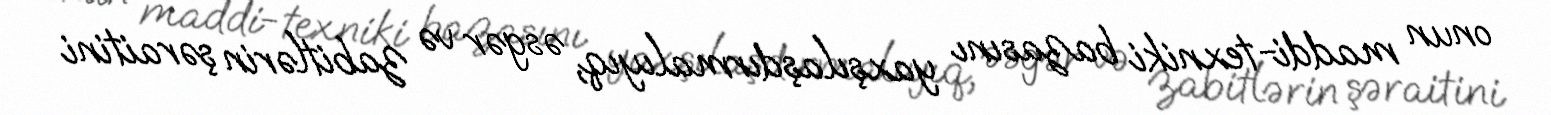
onun maddi-texniki bazasını yaxşılaşdırmalıyıq, əsgər və zabitlərin şəraitini